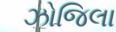
ઝોજિલા